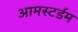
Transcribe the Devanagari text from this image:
आमस्टर्डम